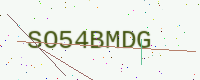
Text: SO54BMDG